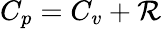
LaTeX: C_{p}=C_{v}+\mathcal{R}